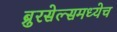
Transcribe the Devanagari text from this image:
ब्रुरसेल्समध्येच